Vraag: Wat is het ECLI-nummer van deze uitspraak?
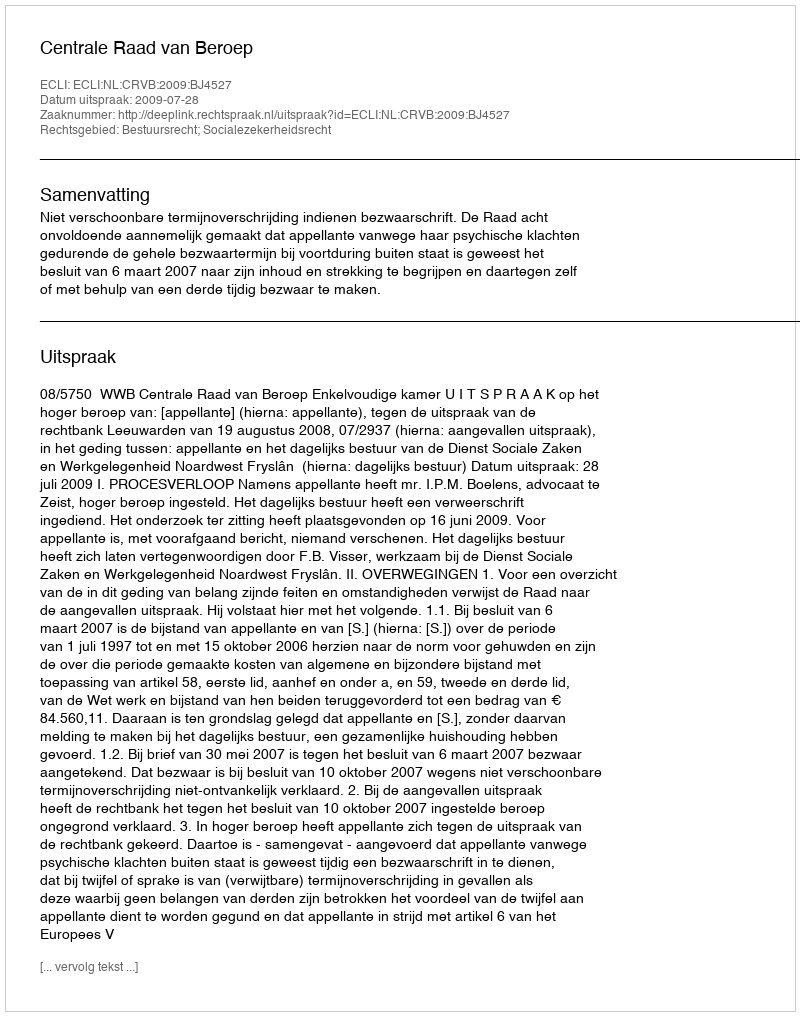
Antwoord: ECLI:NL:CRVB:2009:BJ4527